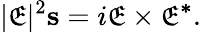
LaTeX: |\mathfrak{E}|^{2}\mathbf{{s}}=i\mathbf{{\mathfrak{E}}}\times\mathbf{{\mathfrak{E}^{*}}}.